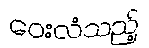
ဝေးလံသည့်